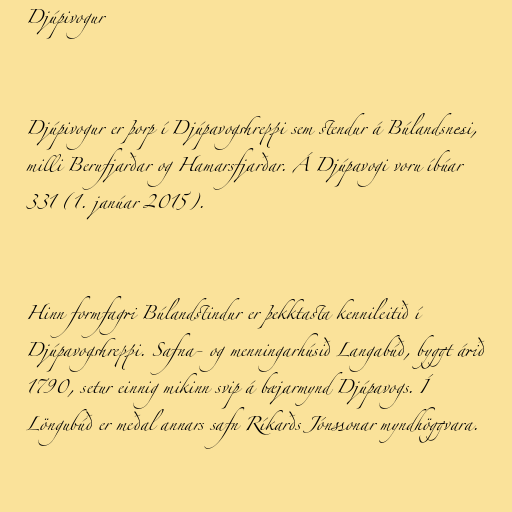
Djúpivogur

Djúpivogur er þorp í Djúpavogshreppi sem stendur á Búlandsnesi,
milli Berufjarðar og Hamarsfjarðar. Á Djúpavogi voru íbúar
331 (1. janúar 2015).

Hinn formfagri Búlandstindur er þekktasta kennileitið í
Djúpavogshreppi. Safna- og menningarhúsið Langabúð, byggt árið
1790, setur einnig mikinn svip á bæjarmynd Djúpavogs. Í
Löngubúð er meðal annars safn Ríkarðs Jónssonar myndhöggvara.